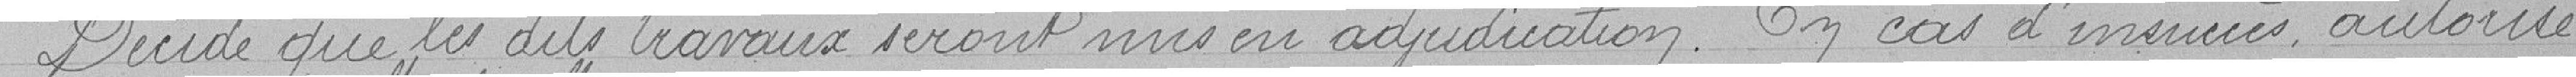
Décide que les dits travaux seront mis en adjudication. En cas d'insuccès autorise